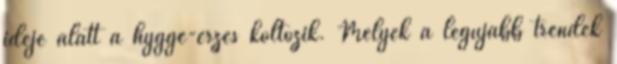
ideje alatt a hygge-érzés költözik. Melyek a legújabb trendek